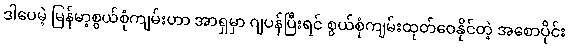
ဒါပေမဲ့ မြန်မာ့စွယ်စုံကျမ်းဟာ အာရှမှာ ဂျပန်ပြီးရင် စွယ်စုံကျမ်းထုတ်ဝေနိုင်တဲ့ အစောပိုင်း